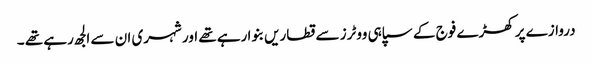
دروازے پر کھڑے فوج کے سپاہی ووٹرز سے قطاریں بنوا رہے تھے اور شہری ان سے الجھ رہے تھے ۔